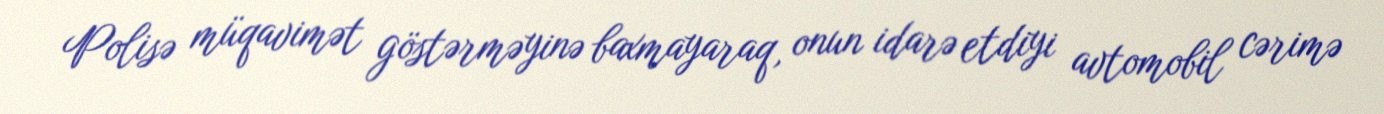
Polisə müqavimət göstərməyinə baxmayaraq, onun idarə etdiyi avtomobil cərimə